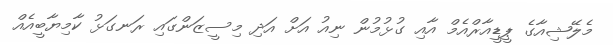
މެލޭޝިއާގެ ޕީޑީއާރްއެމް އާއި ގުޅުމުން ނިއު އަށް އަދި މިސީޒަންގައި ރަނގަޅު ކާމިޔާބީއެއް